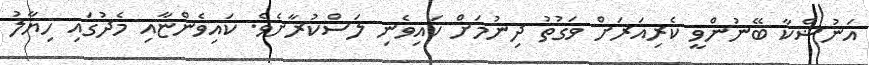
އަނުޝްކާ ބޭނުންވީ ކެރިއަރަށް ވަގުތު ދިނުމަށް ކައިވެނި ލަސްކުރާށެވެ. ކައިވެންޏާއި މެދުގައި ހިޔާލު